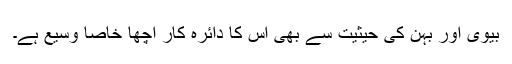
بیوی اور بہن کی حیثیت سے بھی اس کا دائرہ کار اچھا خاصا وسیع ہے۔